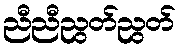
ညီညီညွတ်ညွတ်